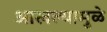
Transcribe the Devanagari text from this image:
आखल्यामुळे